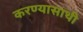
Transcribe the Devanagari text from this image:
करण्यासाथी